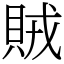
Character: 賊